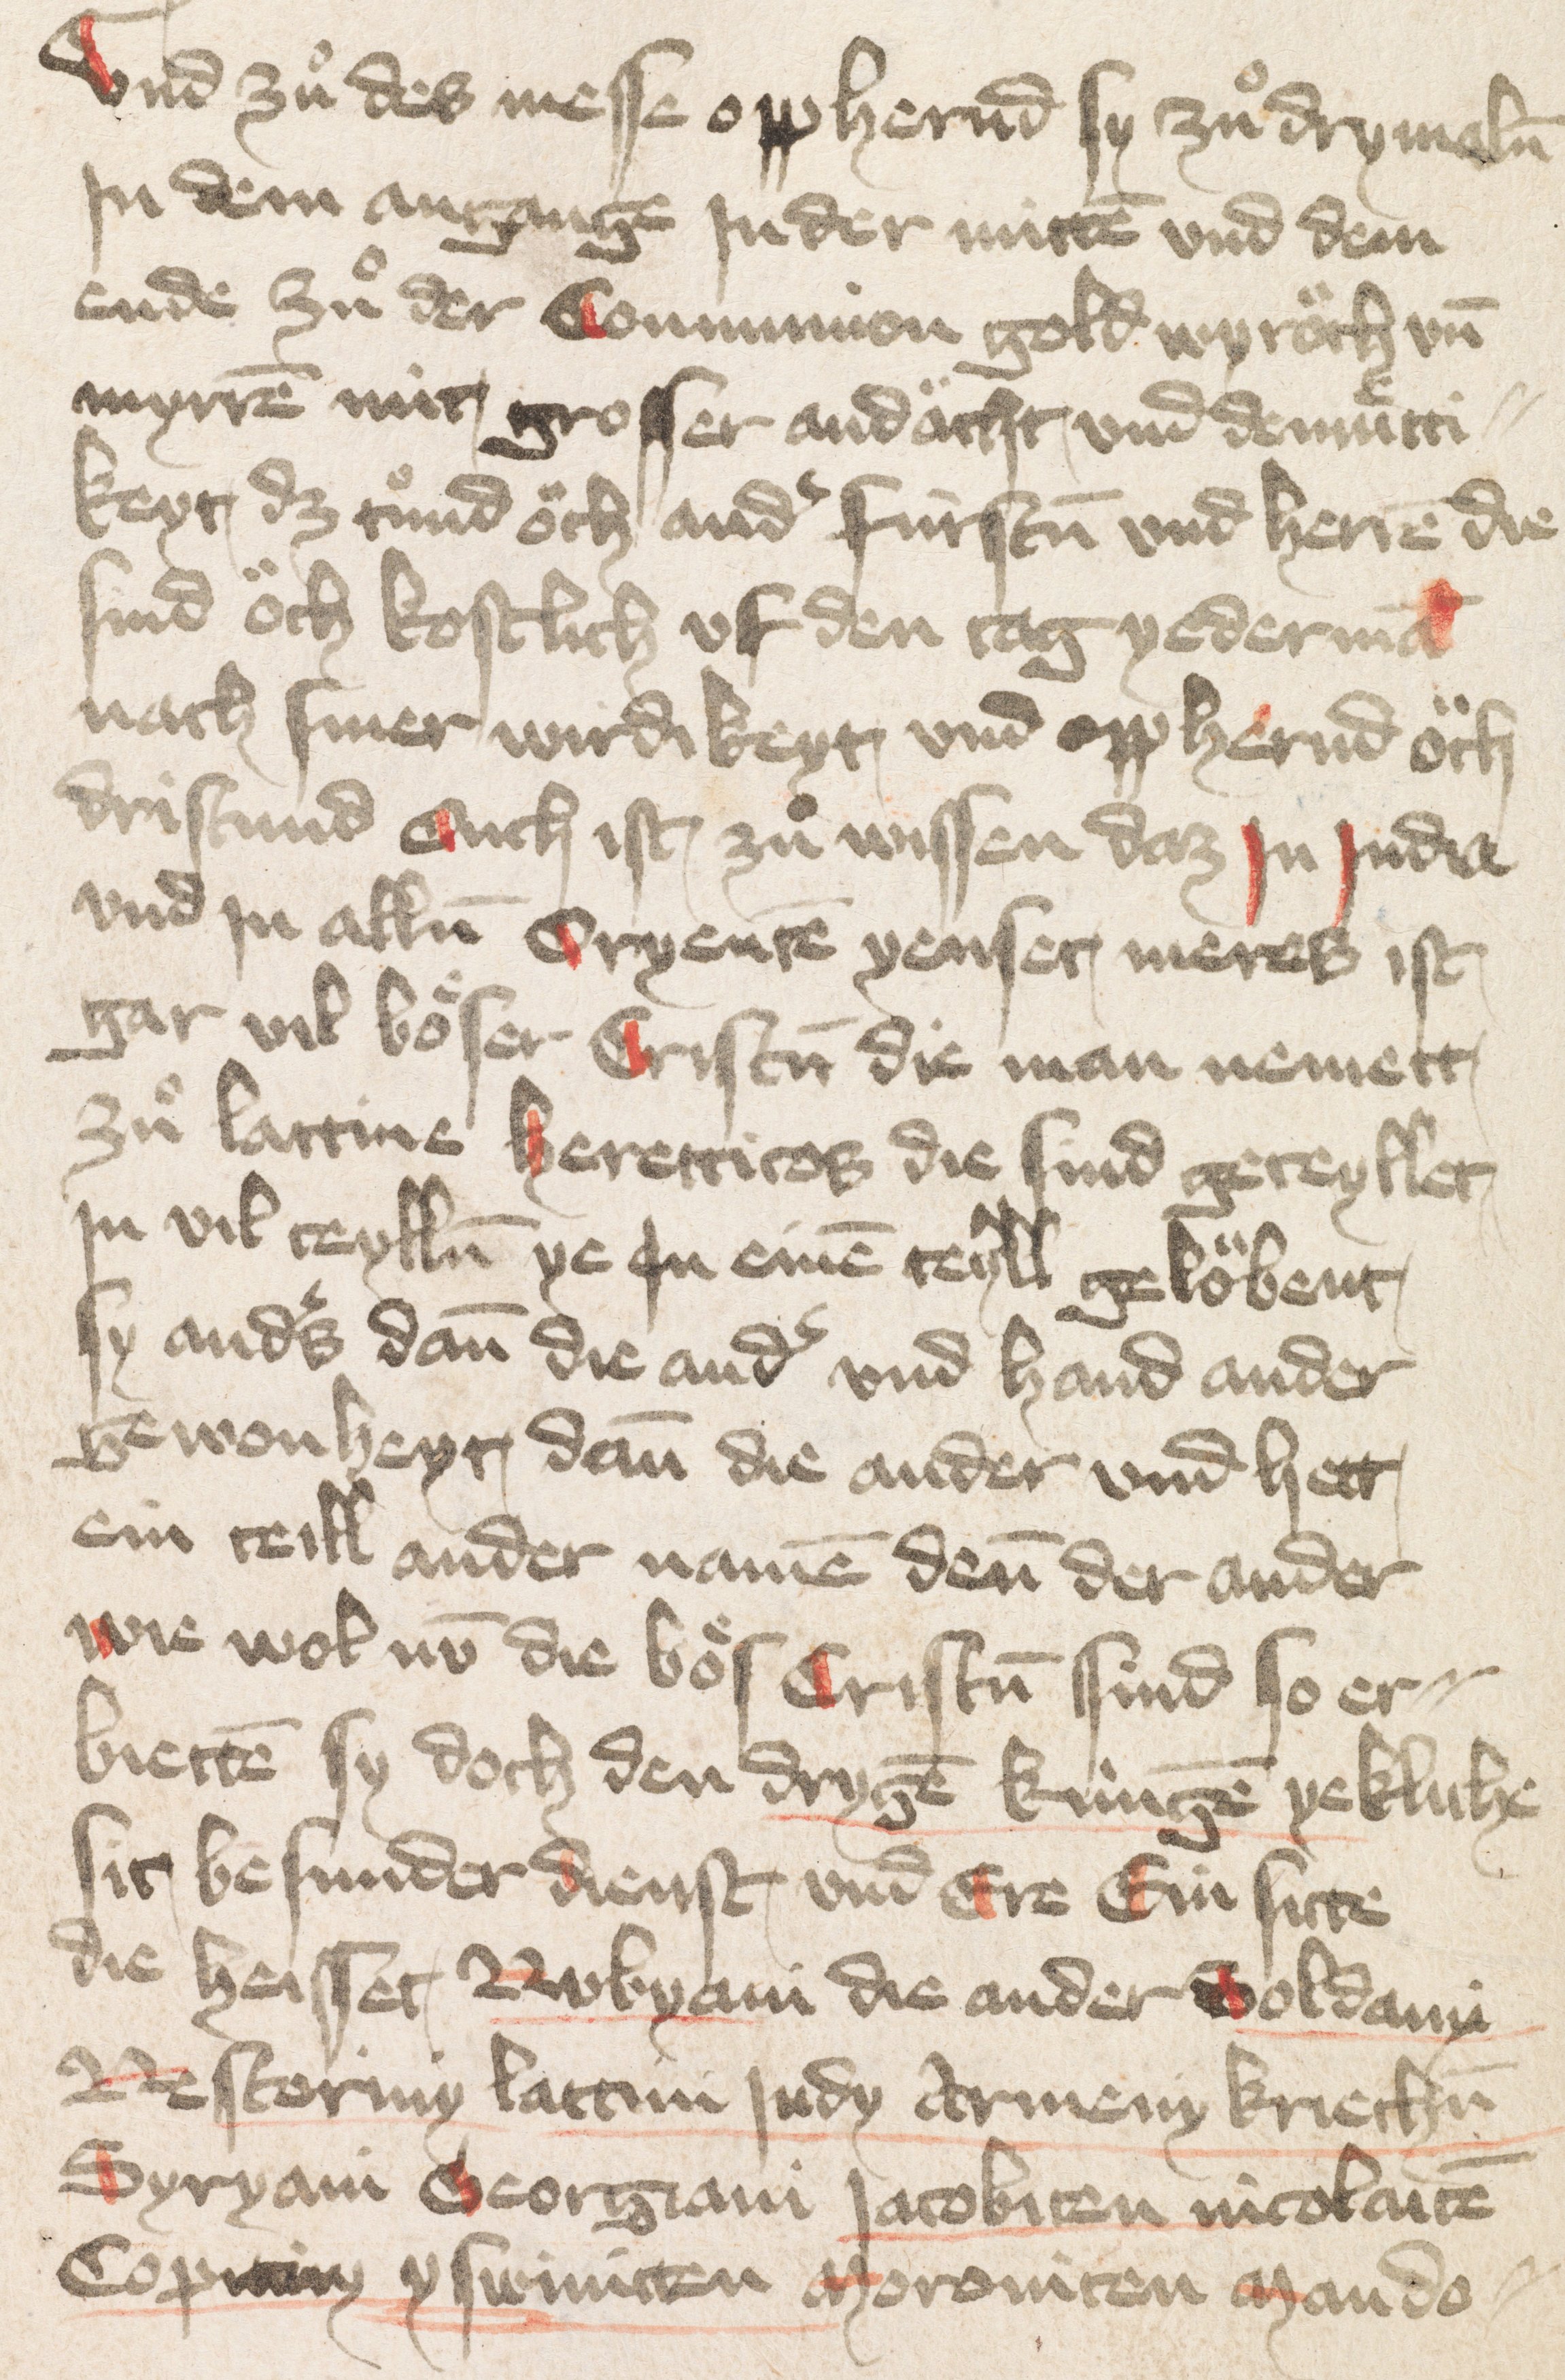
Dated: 1400–1424